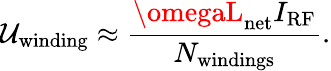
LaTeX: \mathcal{U}_{\mathrm{{winding}}}\approx\frac{{\omegaL_{\mathrm{{net}}}I_{\mathrm{{RF}}}}}{{N_{\mathrm{{windings}}}}}.